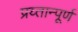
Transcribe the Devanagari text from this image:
प्रय्तान्पूर्ण